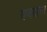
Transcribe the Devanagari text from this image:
राजाइया